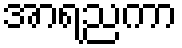
အာရညကာ